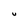
Character: U